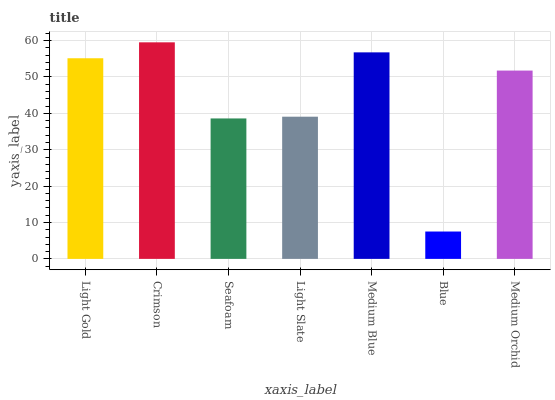
| xaxis_label | bars |
 | --- | --- |
 | Light Gold | 55.2 |
 | Crimson | 59.5 |
 | Seafoam | 38.6 |
 | Light Slate | 39.1 |
 | Medium Blue | 56.8 |
 | Blue | 7.52 |
 | Medium Orchid | 51.8 |